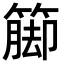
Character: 𮆁